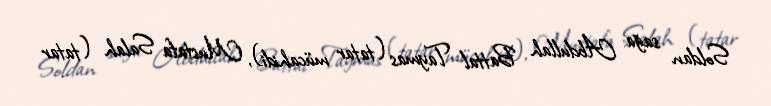
Soldan sağa: Abdullah Battal Taymas (tatar mücahidi), Mustafa Salah (tatar